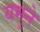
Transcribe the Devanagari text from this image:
यमुने